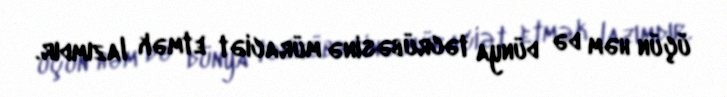
üçün həm də dünya təcrübəsinə müraciət etmək lazımdır.